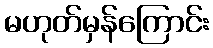
မဟုတ်မှန်ကြောင်း